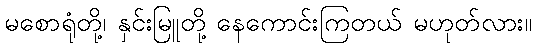
မစောရုံတို့၊ နှင်းမြူတို့ နေကောင်းကြတယ် မဟုတ်လား။